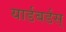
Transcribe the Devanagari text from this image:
यार्डबर्डस्